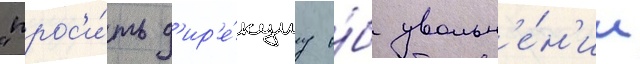
"прос'и́ть д'ир'е́кциу о́б увольн'е́н'ии